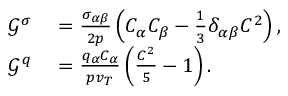
\begin{array} { r l } { \mathcal { G } ^ { \sigma } } & { { } = \frac { \sigma _ { \alpha \beta } } { 2 p } \left( C _ { \alpha } C _ { \beta } - \frac { 1 } { 3 } \delta _ { \alpha \beta } C ^ { 2 } \right) , } \\ { \mathcal { G } ^ { q } } & { { } = \frac { q _ { \alpha } C _ { \alpha } } { p v _ { T } } \left( \frac { C ^ { 2 } } { 5 } - 1 \right) . } \end{array}